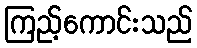
ကြည့်ကောင်းသည်